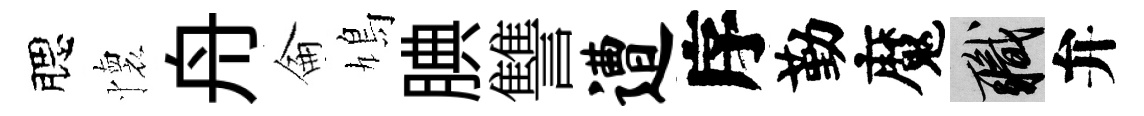
腮懷舟侖鳩腆讐遭序勤魔職弁